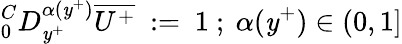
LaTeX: ^C_{0}D_{\mathit{y}^{+}}^{\alpha(\mathit{y}^{+})}\overline{{{U^{+}}}}~:=~1~;~\alpha(\mathit{y}^{+})\in(0,1]